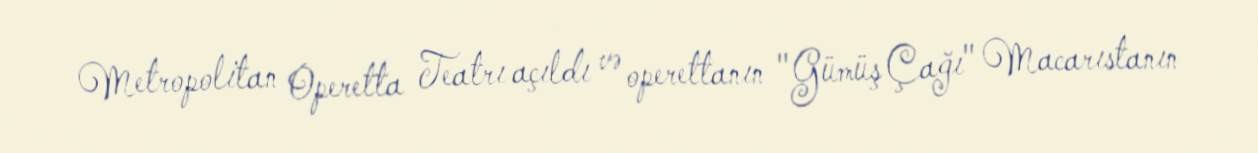
Metropolitan Operetta Teatrı açıldı və operettanın "Gümüş Çağı" Macarıstanın